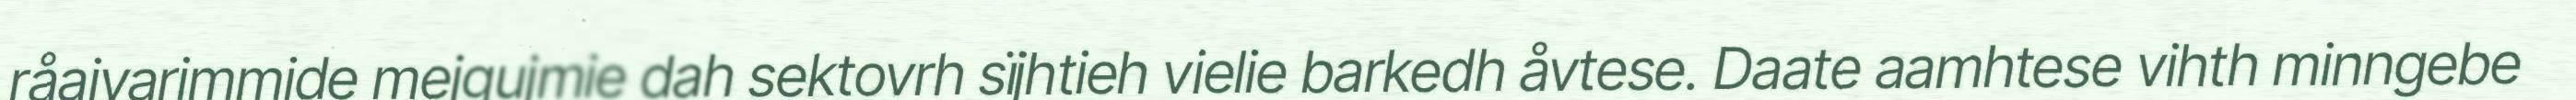
råajvarimmide mejgujmie dah sektovrh sïjhtieh vielie barkedh åvtese. Daate aamhtese vihth minngebe